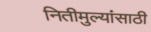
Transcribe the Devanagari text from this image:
नितीमुल्यांसाठी